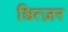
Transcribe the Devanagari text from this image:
श्वित्ज़र